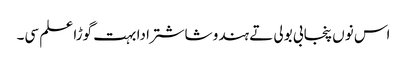
اس نوں پنجابی بولی تے ہندو شاشترا دا بہت گوڑا علم سی۔